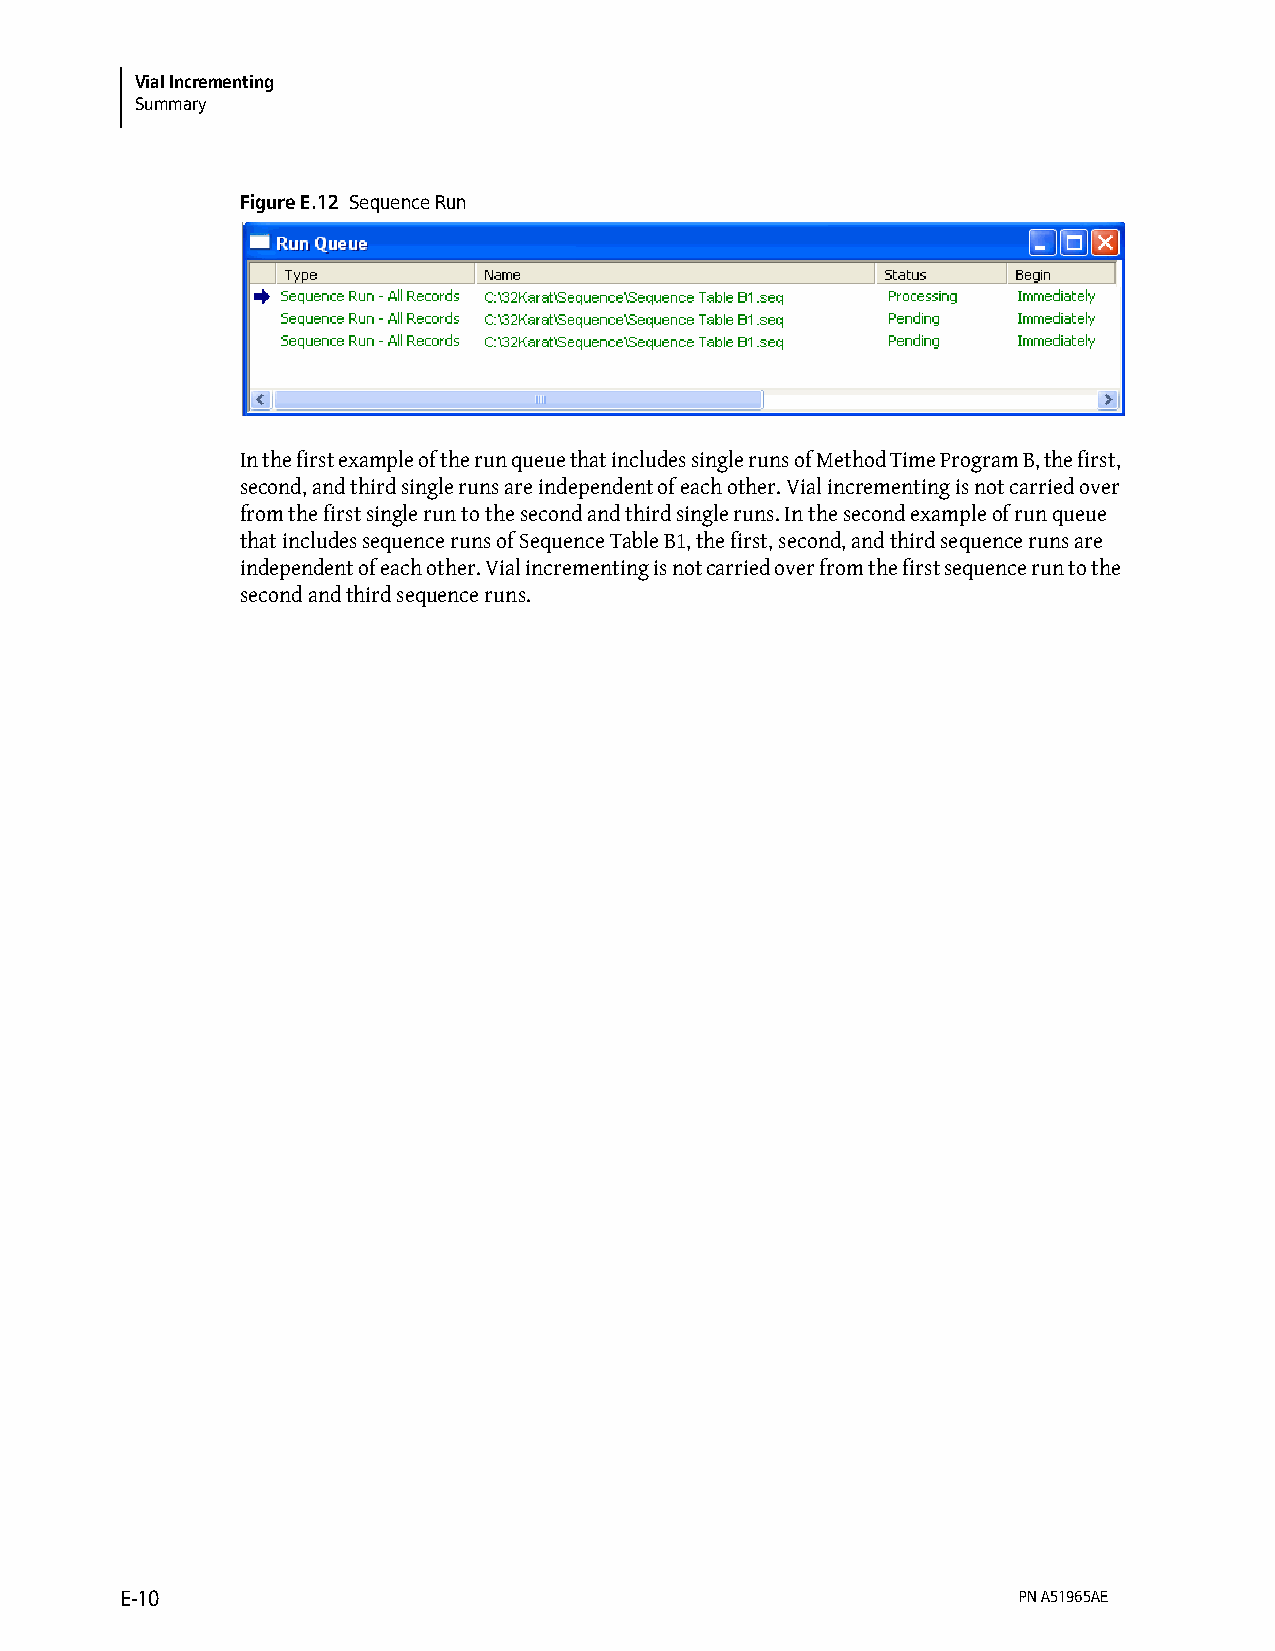
Vial Incrementing
 Summary
 Figure E.12 Sequence Run
 In the first example of the run queue that includes single runs of Method Time Program B, the first,
 second, and third single runs are independent of each other. Vial incrementing is not carried over
 from the first single run to the second and third single runs. In the second example of run queue
 that includes sequence runs of Sequence Table B1, the first, second, and third sequence runs are
 independent of each other. Vial incrementing is not carried over from the first sequence run to the
 second and third sequence runs.
 E-10                                                       PN A51965AE